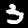
Digit: 3